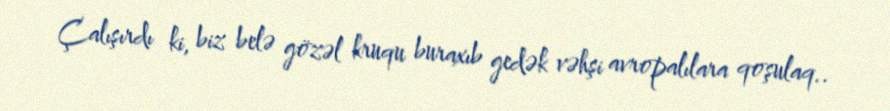
Çalışırdı ki, biz belə gözəl kruqu buraxıb gedək vəhşi avropalılara qoşulaq..